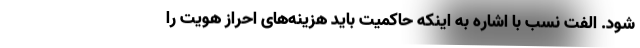
شود. الفت نسب با اشاره به اینکه حاکمیت باید هزینه‌های احراز هویت را